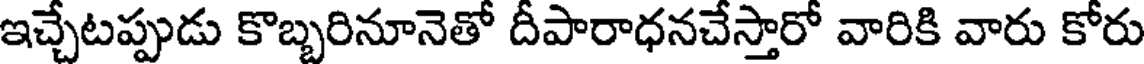
ఇచ్చేటప్పుడు కొబ్బరినూనెతో దీపారాధనచేస్తారో వారికి వారు కోరు